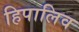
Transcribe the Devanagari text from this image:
हिपालिव